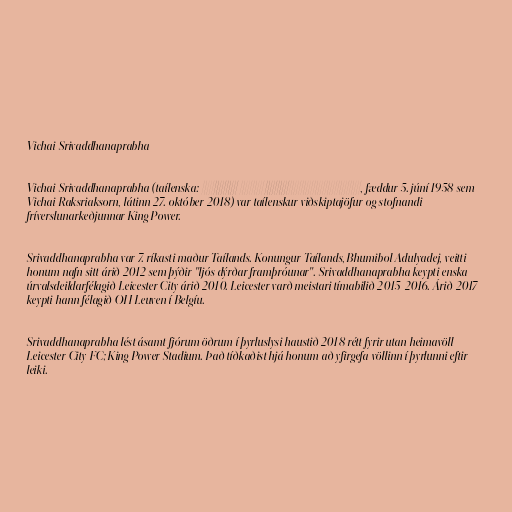
Vichai Srivaddhanaprabha

Vichai Srivaddhanaprabha (taílenska: วิชัย ศรีวัฒนประภา, fæddur 5. júní 1958 sem
Vichai Raksriaksorn, látinn 27. október 2018) var taílenskur viðskiptajöfur og stofnandi
fríverslunarkeðjunnar King Power.

Srivaddhanaprabha var 7. ríkasti maður Taílands. Konungur Taílands, Bhumibol Adulyadej, veitti
honum nafn sitt árið 2012 sem þýðir "ljós dýrðar framþróunar". Srivaddhanaprabha keypti enska
úrvalsdeildarfélagið Leicester City árið 2010. Leicester varð meistari tímabilið 2015-2016. Árið 2017
keypti hann félagið OH Leuven í Belgíu.

Srivaddhanaprabha lést ásamt fjórum öðrum í þyrluslysi haustið 2018 rétt fyrir utan heimavöll
Leicester City FC; King Power Stadium. Það tíðkaðist hjá honum að yfirgefa völlinn í þyrlunni eftir
leiki.